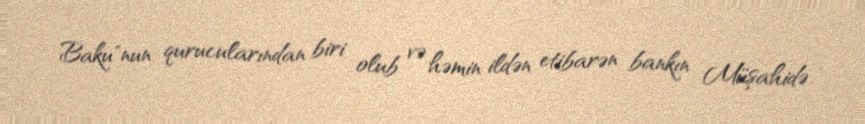
Baku"nun qurucularından biri olub və həmin ildən etibarən bankın Müşahidə